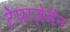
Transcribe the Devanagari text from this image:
टेपाज़ेमैन